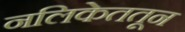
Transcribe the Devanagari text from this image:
नलिकेततून